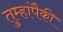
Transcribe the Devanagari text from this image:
तुम्हांपैकी